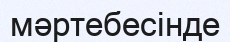
мәртебесінде